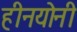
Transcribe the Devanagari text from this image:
हीनयोनी